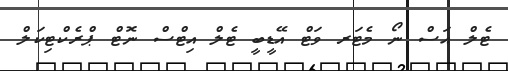
ޓެލް އަސް ނޯ މެޓަރ ވަޓް އޭޑީބީ ޓެލް އިޓްސް ނޮޓް ޕްރެކްޓިކަލް